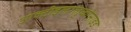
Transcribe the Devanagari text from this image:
आक्टीइलग्लुकोसाइड